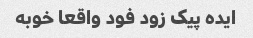
ایده پیک زود فود واقعا خوبه